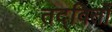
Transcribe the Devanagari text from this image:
तद्वितों